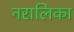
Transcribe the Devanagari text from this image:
नरालिका